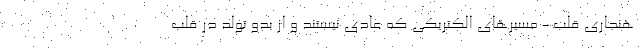
هنجاری قلب - مسیرهای الکتریکی که عادی نیستند و از بدو تولد در قلب